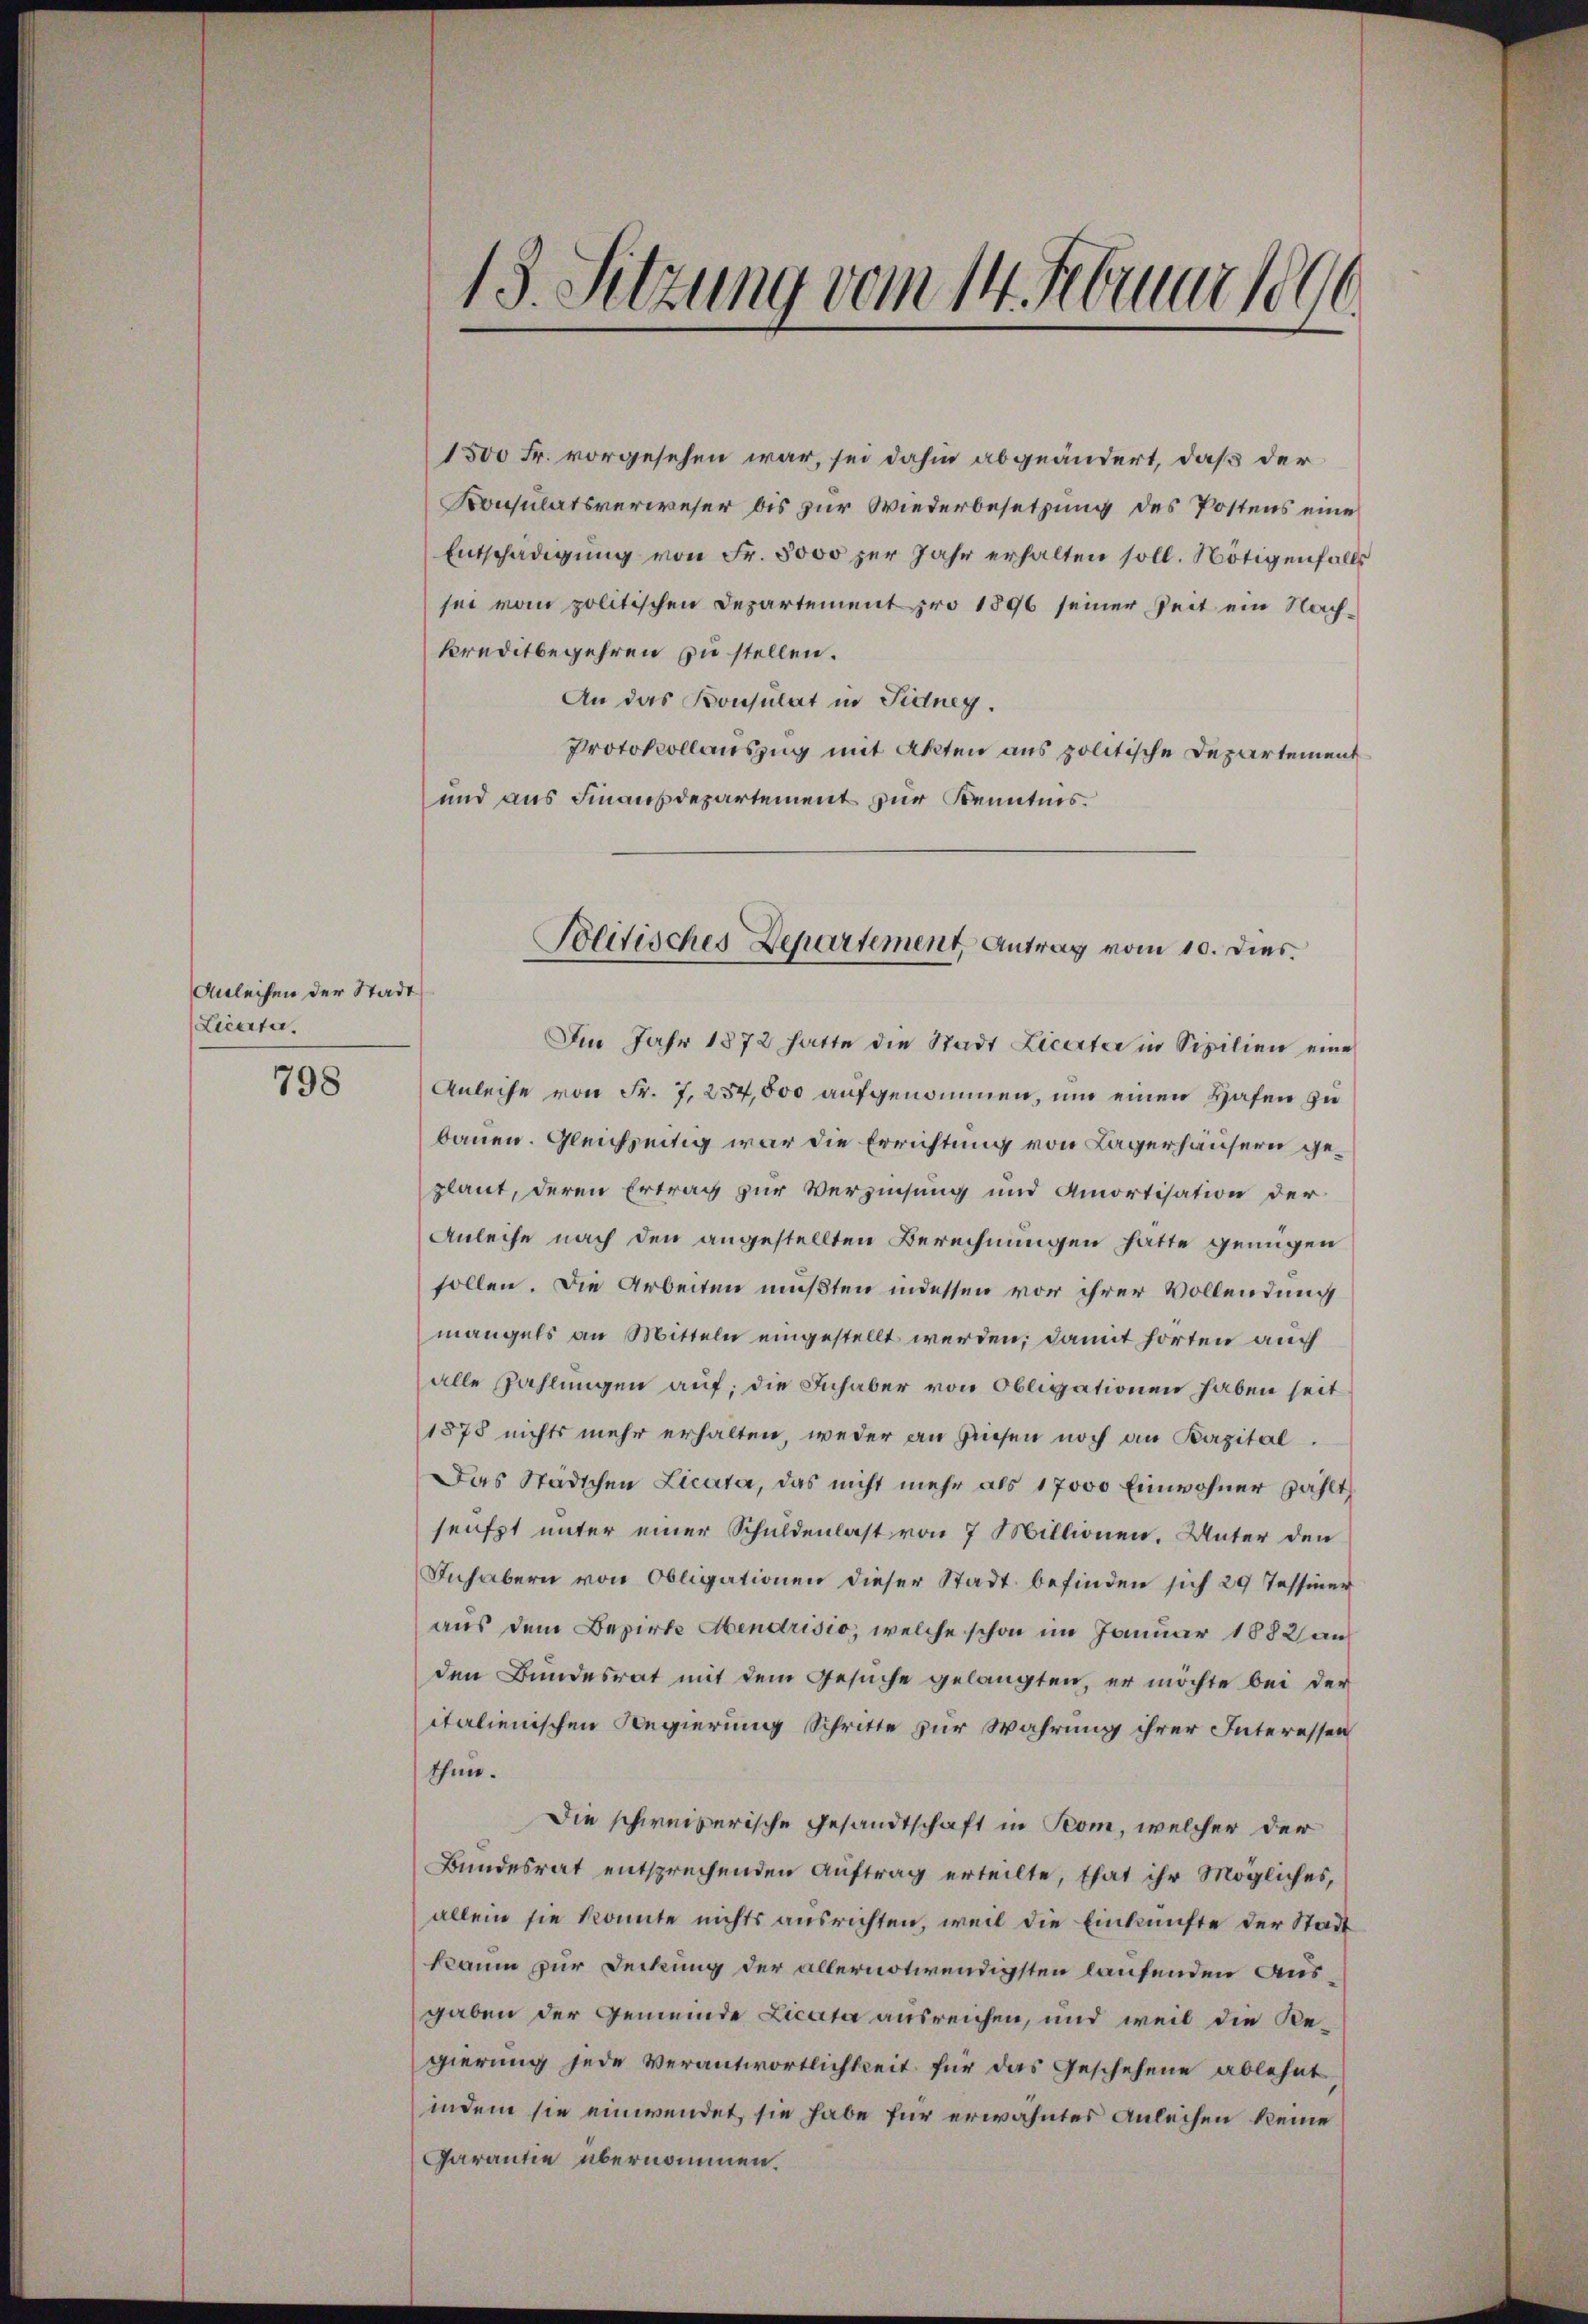
Anleihen der Stadt
Licente.

798

1500 Fr. vorgesehen war, sei dahin abgeändert, daß der
Konsulatsverweser bis zur Wiederbesetzung des Postens eine
Entschädigung von Fr. 3000 zur Jahr erhalten soll. Nötigenfalls
sei vom politischen Departement pro 1896 seiner Zeit ein Nachkreditbegehren zu stellen.
An das Konsulat in Fidney.
Protokollauszug mit Akten aus politische Departement
und aus Finanzdepartement zur Kenntnis.
Im Jahr 1872 hatte die Stadt Licerter in Sipilien eine
Anleihe von Fr. 7, 254,000 aufgenommen, um einen Hafen zu
bauen. Gleichzeitig war die Errichtung von Lagerhäusern geplaut, deren Ertrag zur Verzinsung und Amortisation der
Anleihe nach den angestellten Berechnungen hatte genügen
sollen. Die Arbeiten mußten indessen vor ihrer Vollendung
mangels an Mitteln eingestellt werden; damit horten auch
alle Zahlungen auf; die Inhaber von Obligationen haben seit
1878 nichts mehr erhalten, weder an diesen noch an Kapital.
Das Städtchen Licata, das nicht mehr als 17000 Einwohner zählt
seufzt unter einer Schuldenlast von 7 Millionen. Unter den
Inhabern von Obligationen dieser Stadt befinden sich 29 Tessiner
aus dem Bezirke Mendrisio, welche schon im Januar 1882 an
den Bundesrat mit dem Gesuche gelangten, er möchte bei der
italienischen Regierung Schritte zur Wahrung ihrer Interessen
thun.
Die schweizerische Gesandtschaft in Seon, welcher der
Bundesrat entsprechenden Auftrag erteilte, that ihr Mögliches,
allein sie konnte nichts ausrichten, weil die Einkünfte der Stadt
kaum zur Deckung der allernotwendigsten laufenden Ausgaben der Gemeinde Licata ausreichen, und weil die Regierung jede Verantwortlichkeit für das Geschehene ablehnt
indem sie einwendet, sie habe für erwähntes Anleihen keine
Garantie übernommen.

13. Sitzung vom 14. Februar 1890

Politisches Departement, Antrag vom 10. Dies